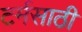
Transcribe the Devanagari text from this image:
टर्मसाठी